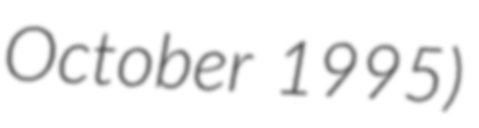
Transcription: October 1995)